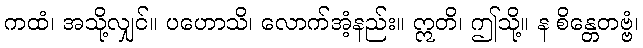
ကထံ၊ အသို့လျှင်။ ပဟောသိ၊ လောက်အံ့နည်း။ ဣတိ၊ ဤသို့။ န စိန္တေတဗ္ဗံ၊